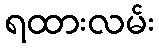
ရထားလမ်း